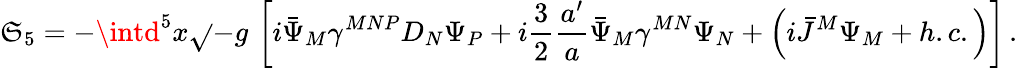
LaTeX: \mathfrak{S}_{5}=-\intd^{5}x\sqrt{}{{-g}}\, \left[i\bar{{\Psi}}_{M}\gamma^{MNP}D_{N}\Psi_{P}+i\frac{{3}}{{2}}\frac{{a^{\prime}}}{{a}}\bar{{\Psi}}_{M}\gamma^{MN}\Psi_{N}+\left(i\bar{{J}}^{M}\Psi_{M}+h.c.\right)\right]\, .